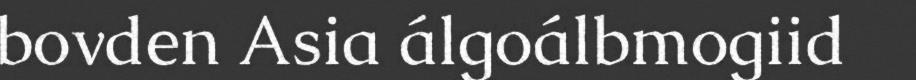
bovden Asia álgoálbmogiid